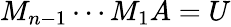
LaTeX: M_{n-1}\cdots M_{1}A=U